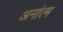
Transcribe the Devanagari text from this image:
अनांत्म